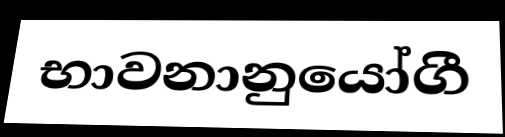
භාවනානුයෝගී